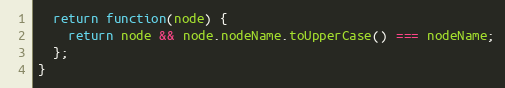
Language: JavaScript
  return function(node) {
    return node && node.nodeName.toUpperCase() === nodeName;
  };
}